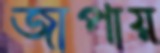
জাপায়